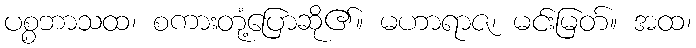
ပစ္စဘာသထ၊ စကားတုံ့ပြောဆို၏။ မဟာရာဇ၊ မင်းမြတ်။ အထ၊